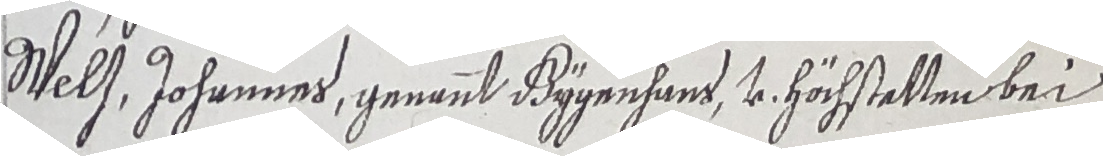
Selt, Johannes, gennnt Bÿgenhant, vo höchstatten bei